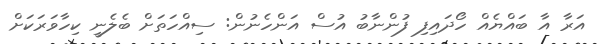
އަރާ އާ ބައްޔެއް ހޯދައިފި ފުންނާބު އުސް އަންހެނުން: ސިއްހަތަށް ބެލެނީ ކިހާވަރަކަށް